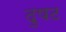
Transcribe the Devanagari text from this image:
दुषट